system: You are a helpful assistant.
user:
Analyze the provided spectrum to determine if it is a **Carbon Star (C-type)**.

- **Key Visual Indicators of Carbon Star:**
    - **(Primary):** Strong molecular absorption from **C₂ (diatomic carbon) "Swan Bands."** This is the **defining feature** of a carbon star.
        - **(Key Bandheads):** Sharp absorption edges are visible at approximately $5635$ Å, $5165$ Å (the strongest band), and $4737$ Å.
        - **(Line Profile):** Creates a distinct **"saw-tooth"** pattern. The key morphology is a sharp, steep bandhead on the **red (long-wavelength) side**, which then gradually tapers off (i.e., flux recovers) towards the **blue (short-wavelength) side**. *(This is the direct opposite of the TiO bands seen in M-type stars)*.

    - **(Secondary):** Intense **CN (cyanogen)** molecular absorption bands.
        - **(Key Bandheads):** Located in the blue and violet regions of the spectrum (e.g., near $4215$ Å and $3883$ Å).
        - **(Morphology):** These bands are extremely broad and act as a "blanket," absorbing the vast majority of blue and violet light. This creates a characteristic **"cliff"** or **"steep drop-off"** in the spectrum's flux at short wavelengths.

    - **(Key Confirmation):** Strong **CH absorption band (G-band)**.
        - **(Key Bandhead):** Located around $4300$ Å. The contribution from CH molecules to this band is exceptionally strong.

    - **(Overall Spectrum):**
        - The continuum is severely "chopped up" by these deep molecular bands, especially C₂, rather than appearing as a smooth curve.
        - Due to the heavy CN and C₂ absorption in the blue-green, the vast majority of the star's flux is concentrated in the red part of the spectrum, giving the star its characteristic deep red color.

Think first, call **spectral_visualization_tool** if needed to examine features in detail, then provide your final answer. Your response must adhere to the following strict rules:
1.  **Overall Structure:** Your response must follow the format `<think>...</think> <tool_call>...</tool_call> (if a tool is used) <answer>...</answer>`.
2.  **Tool Usage Constraint:** You may only make **one** tool call per turn.
3.  **Final Answer Format:** In the `<answer>` tag, your conclusion must be inside a `\boxed{}` command (e.g., `\boxed{YES}`), followed by your justification.

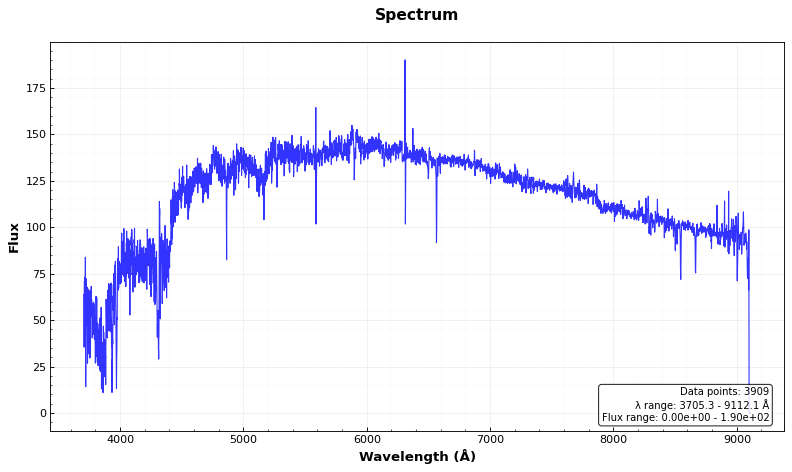
Answer: YES